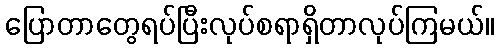
ပြောတာတွေရပ်ပြီးလုပ်စရာရှိတာလုပ်ကြမယ်။